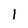
Character: 1